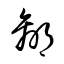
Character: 贏